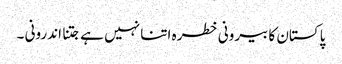
پاکستان کا بیرونی خطرہ اتنا نہیں ہے جتنا اندرونی ۔